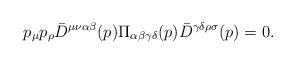
LaTeX: \begin{align*}p_\mu p_\rho{\bar D}^{\mu\nu\alpha\beta}(p)\Pi_{\alpha\beta\gamma\delta}(p){\bar D}^{\gamma\delta\rho\sigma}(p)=0.\end{align*}